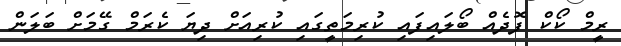
ރީމް ކޯކް ފޮދެއް ބޯލައިފައި ކުރިމަތީގައި ކުރިއަށް ދިޔަ ކެރަމް ގޭމަށް ބަލަން